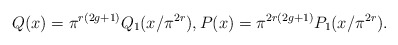
\begin{align*} Q(x)=\pi^{r(2g+1)}Q_1(x/\pi^{2r}), P(x)=\pi^{2r(2g+1)}P_1(x/\pi^{2r}).\end{align*}